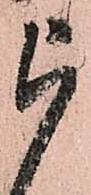
被